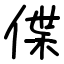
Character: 偞